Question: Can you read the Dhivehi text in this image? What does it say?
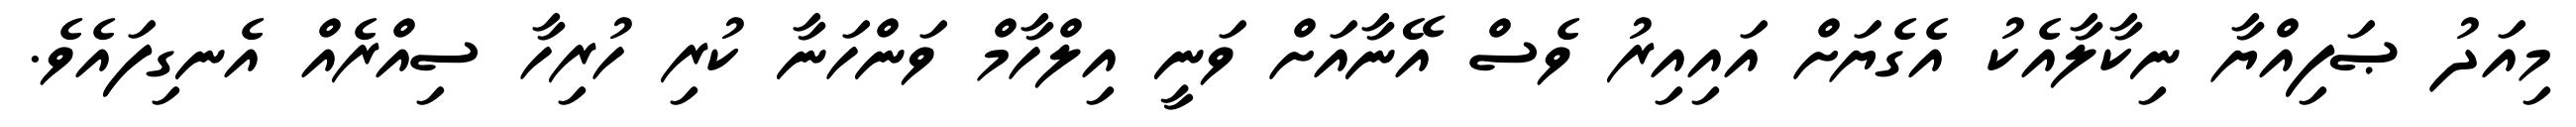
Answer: މިއަދު ޞަފިއްޔާ ނިކާލާއެކު އެގެޔަށް އައިއިރު ވެސް އޭނާއަށް ވަނީ އިލްހާމް ވަންހަނާ ކުރި ހުރިހާ ސިއްރެއް އެނގިފައެވެ.